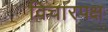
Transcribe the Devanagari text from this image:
विचारपक्ष